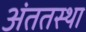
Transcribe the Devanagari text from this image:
अंततस्था